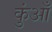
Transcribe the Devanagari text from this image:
कुंआँ